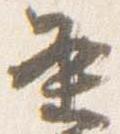
条